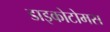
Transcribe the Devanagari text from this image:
डाइकोटोमस